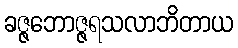
ခဇ္ဇဘောဇ္ဇရသလာဘိတာယ